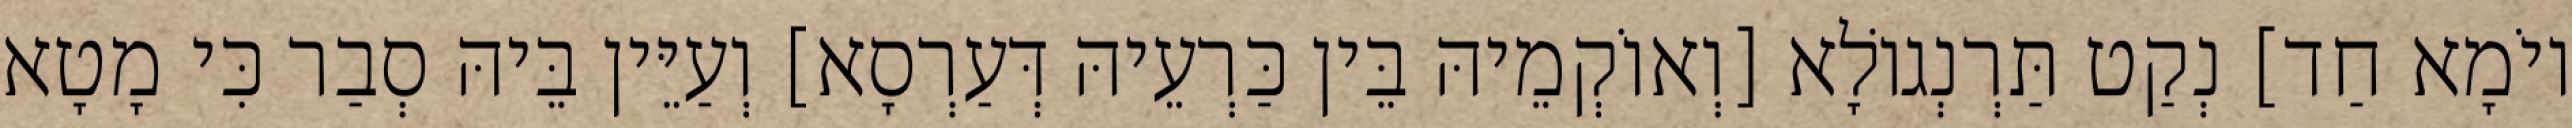
יוֹמָא חַד] נְקַט תַּרְנְגוֹלָא [וְאוֹקְמֵיהּ בֵּין כַּרְעֵיהּ דְּעַרְסָא] וְעַיֵּין בֵּיהּ סְבַר כִּי מָטָא